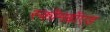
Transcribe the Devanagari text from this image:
स्कॉमब्रॉएड